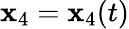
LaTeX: {\mathbf x}_{4}={\mathbf x}_{4}(t)